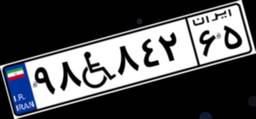
۹۸W۸۴۲۶۵